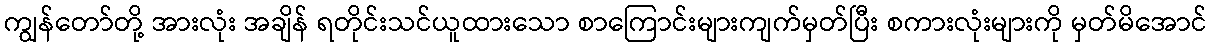
ကျွန်တော်တို့ အားလုံး အချိန် ရတိုင်းသင်ယူထားသော စာကြောင်းများကျက်မှတ်ပြီး စကားလုံးများကို မှတ်မိအောင်